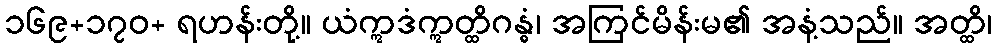
၁၆၉+၁၇၀+ ရဟန်းတို့။ ယံဣဒံဣတ္ထိဂန္ဓံ၊ အကြင်မိန်းမ၏ အနံ့သည်။ အတ္ထိ၊